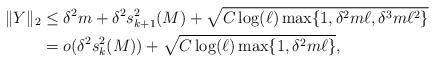
LaTeX: \begin{align*}\|Y\|_2 &\le \delta^2 m + \delta^2 s^{2}_{k+1}( M) + \sqrt{C \log (\ell) \max\{1, \delta^2m \ell, \delta^3 m \ell^2 \}} \cr&= o(\delta^2 s^2_{k}(M)) + \sqrt{C \log (\ell) \max\{1, \delta^2m \ell \}},\end{align*}